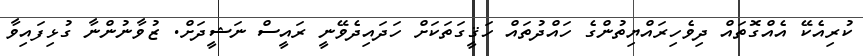
ކުރިއެކޭ އެއްގޮތައް ދިވެހިރައްޔިތުންގެ ހައްދުތައް ހަޤީގަތަކަށް ހަދައިދެވޭނީ ރައީސް ނަޝީދަށް. ޒުވާނުންނާ ގުޅިފައިވާ